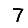
Digit: 7